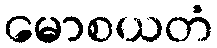
မောစယတံ